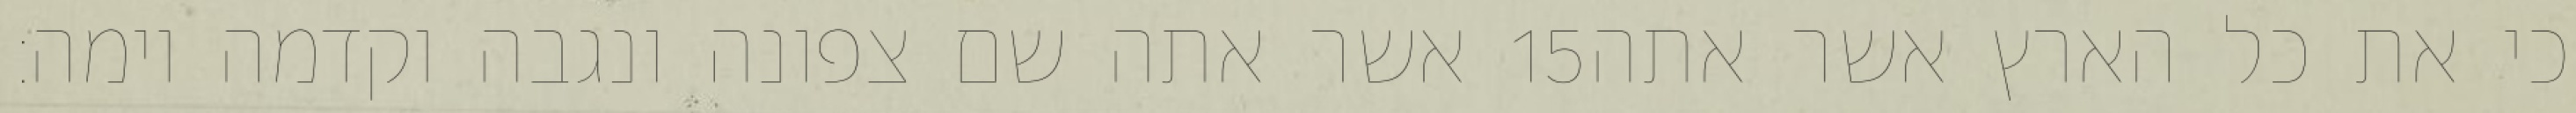
אשר אתה שם צפונה ונגבה וקדמה וימה׃ ‎15‏ כי את כל הארץ אשר אתה